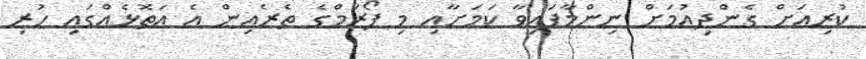
ކުރިއަށް ގެންދިއުމަށް ނިންމާފައިވާ ކަމަށާއި މި ފޯރަމްގެ ތެރެއިން އެ އަތޮޅެއްގައި ހުރި